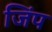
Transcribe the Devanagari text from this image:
जिंप